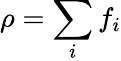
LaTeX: \rho=\sum_{i}f_{i}